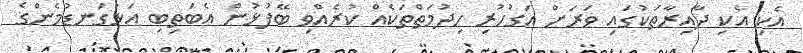
އެކި އެކި ދާއިރާތަކުގައި ވަރަށް އަގުހުރި ހިދުމަތްތަކެއް ކުރެއްވި ބޭފުޅުން އެބަތިބި އަޅުގަނޑުމެންގެ